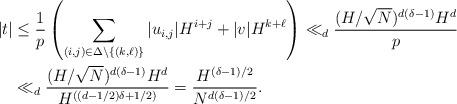
LaTeX: \begin{align*} |t|& \leq \frac{ 1 }{p}\left( \sum_{(i,j)\in \Delta \setminus \{ (k,\ell)\}} |u_{i,j}| H^{i+j} +|v|H^{k+\ell}\right) \ll_d\frac{(H/\sqrt{N})^{d(\delta-1)} H^d }{p}\\ &\ll_d \frac{(H/\sqrt{N})^{d(\delta-1)} H^d}{H^{\left( (d-1/2) \delta +1/2 \right)} } =\frac{H^{(\delta-1)/2}}{N^{d(\delta-1)/2}}.\end{align*}